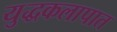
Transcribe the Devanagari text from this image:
युद्धकलापात